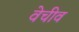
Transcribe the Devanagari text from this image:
वेचीव